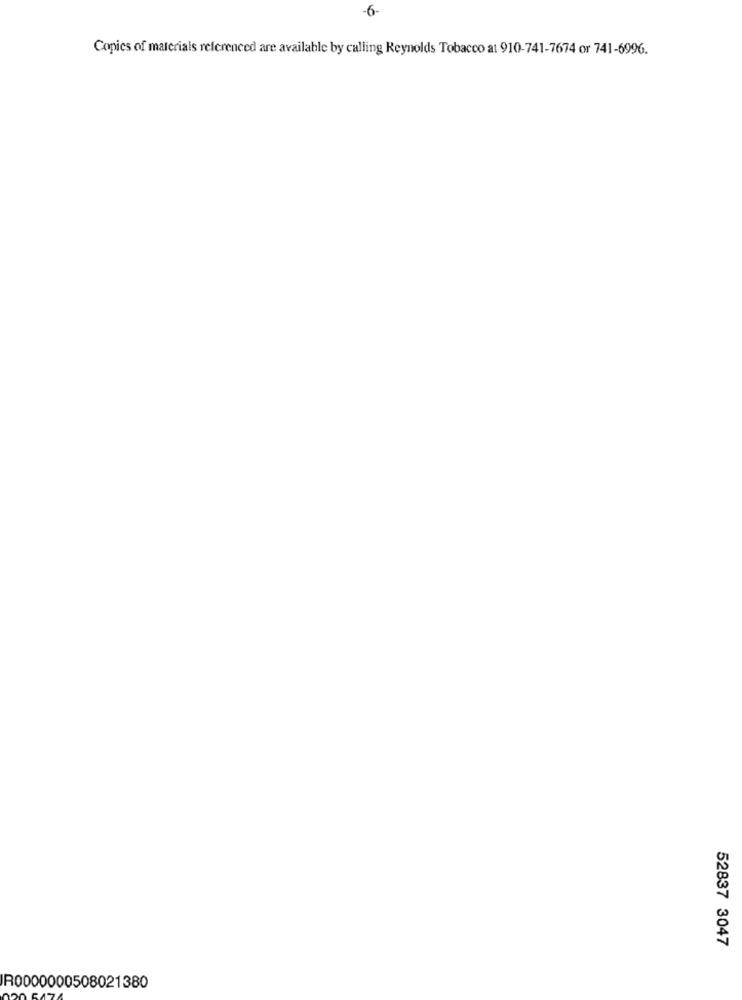
-6-
Copies of materials referenced are available by calling Reynolds Tobacco at 910-741-7674 or 741-6996.
52837 3047
R0000000508021380